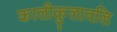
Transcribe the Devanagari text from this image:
कालीकुलावलि